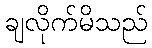
ချလိုက်မိသည်